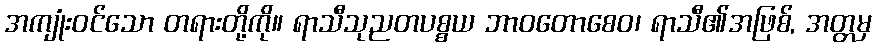
အကျုံးဝင်သော တရားတို့ကို။ ရာသီသုညတပစ္စယ ဘာဝတောစေဝ၊ ရာသီ၏အဖြစ်, အတ္တမှ